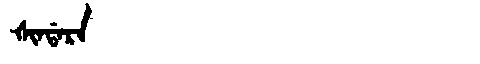
Manchu: ᡧᡳᠨᡩᠠᡵᠠ
Romanization: ŠINDARA